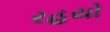
રહયો